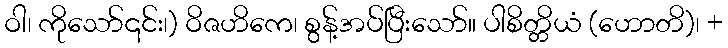
ဝါ၊ ကိုသော်၎င်း၊) ဝိဇဟိကေ၊ စွန့်အပ်ပြီးသော်။ ပါစိတ္တိယံ (ဟောတိ)၊ +